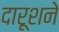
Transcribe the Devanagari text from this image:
दारूशने